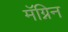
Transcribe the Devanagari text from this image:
मॅग्निन